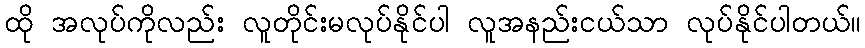
ထို အလုပ်ကိုလည်း လူတိုင်းမလုပ်နိုင်ပါ လူအနည်းငယ်သာ လုပ်နိုင်ပါတယ်။